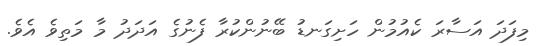
މިފަދަ އަސާރަ ކެއުމުން ހަށިގަނޑު ބޭނުންކުރާ ފެނުގެ އަދަދު މާ މަތިވެ އެވެ.